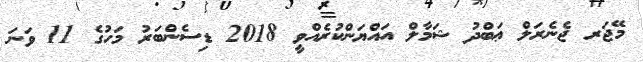
މޭޖަރ ޖެނެރަލް ޢަބްދު ޝަމާލް އައްޔަންކުރެއްވީ 2018 ޑިސެންބަރު މަހުގެ 11 ވަނަ